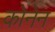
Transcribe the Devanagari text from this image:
कोनेन